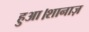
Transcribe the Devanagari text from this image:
हुआ।शानाज़